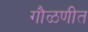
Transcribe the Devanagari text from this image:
गौळणीत